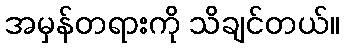
အမှန်တရားကို သိချင်တယ်။